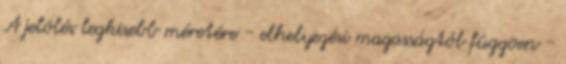
A jelölés legkisebb méretére - elhelyezési magasságtól függõen -